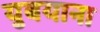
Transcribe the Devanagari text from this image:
युबयाना